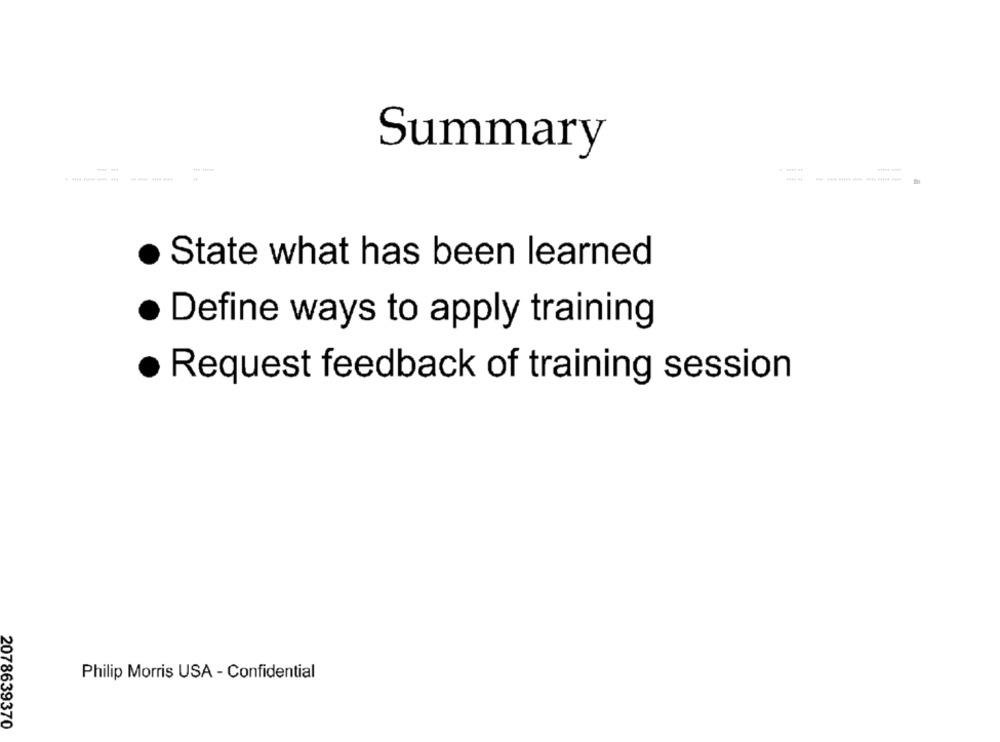
Summary
State what has been learned
Define ways to apply training
· Request feedback of training session
Philip Morris USA - Confidential
2078639370